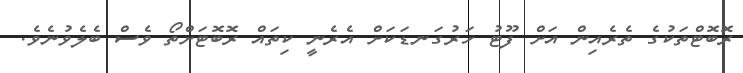
ރޮބޮޓްތަކުގެ ތެރެއިން އަށް ފޫޓު ހަރުގަނޑަކަށް އެރެނީ ކިތައް ރޮބޮޓަށްތޯ ވެސް ބެލެވުނެވެ.